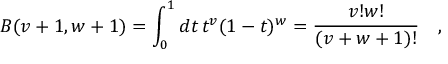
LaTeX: B ( v + 1 , w + 1 ) = \int _ { 0 } ^ { 1 } d t \, t ^ { v } ( 1 - t ) ^ { w } = { \frac { v ! w ! } { ( v + w + 1 ) ! } } \quad ,